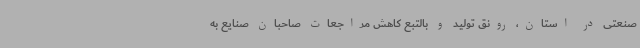
صنعتی در استان، رونق تولید و بالتبع کاهش مراجعات صاحبان صنایع به